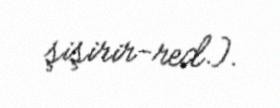
şişirir-red.).